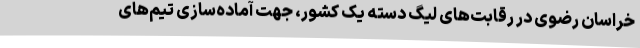
خراسان رضوی در رقابت‌های لیگ دسته یک کشور، جهت آماده‌سازی تیم‌های